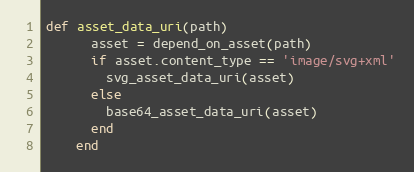
Language: Ruby
def asset_data_uri(path)
      asset = depend_on_asset(path)
      if asset.content_type == 'image/svg+xml'
        svg_asset_data_uri(asset)
      else
        base64_asset_data_uri(asset)
      end
    end